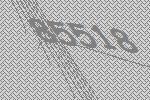
85518